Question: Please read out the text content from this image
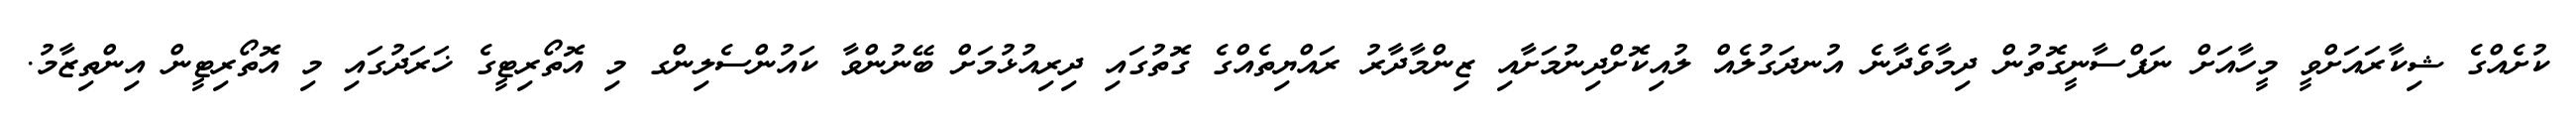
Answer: ކުށެއްގެ ޝިކާރައަށްވީ މީހާއަށް ނަފްސާނީގޮތުން ދިމާވެދާނެ އުނދަގުލެއް ލުއިކޮށްދިނުމަށާއި ޒިންމާދާރު ރައްޔިތެއްގެ ގޮތުގައި ދިރިއުޅުމަށް ބޭނުންވާ ކައުންސެލިންގ މި އޮތޯރިޓީގެ ޚަރަދުގައި މި އޮތޯރިޓީން އިންތިޒާމު.